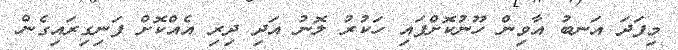
މިފަދަ އަނބު އާވިން ހޫނުކޮށްފައި ހަކުރު ލޮނު އަދި ދިރި އެއްކޮށް ފަނިގިރައިގެން